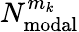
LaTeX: N_{\mathrm{modal}}^{m_{k}}